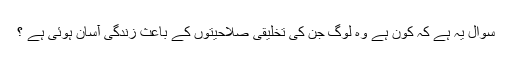
سوال یہ ہے کہ کون ہے وہ لوگ جن کی تخلیقی صلاحیتوں کے باعث زندگی آسان ہوئی ہے ؟